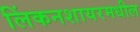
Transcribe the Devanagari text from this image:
लिंकनशायरमधील